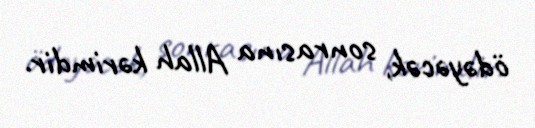
ödəyəcək, sonrasına Allah kərimdir.